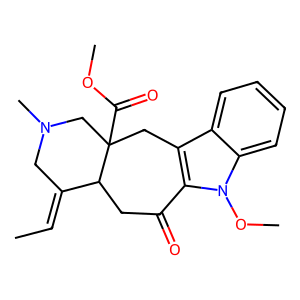
SMILES: CC=C1CN(C)CC2(C(=O)OC)Cc3c(n(OC)c4ccccc34)C(=O)CC12
Inhibits HIV replication: No